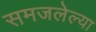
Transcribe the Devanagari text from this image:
समजलेल्या